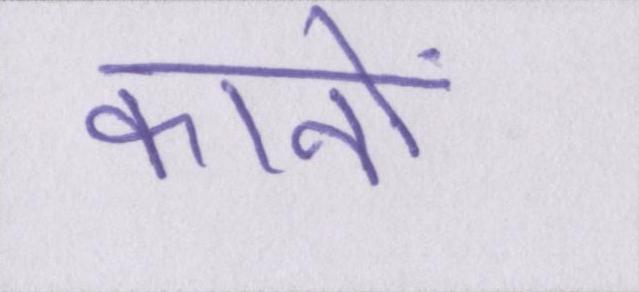
कानों